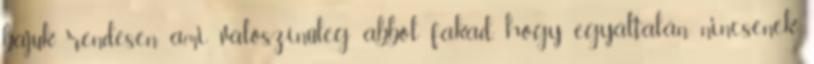
bajuk rendesen, ami valószínűleg abból fakad, hogy egyáltalán nincsenek